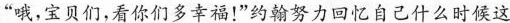
“哦，宝贝们，看你们多幸福！”约翰努力回忆自己什么时候这